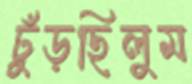
ঢুঁড়ছিলুম